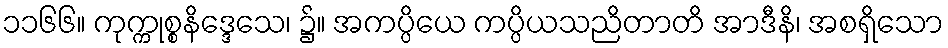
၁၁၆၆။ ကုက္ကုစ္စနိဒ္ဒေသေ၊ ၌။ အကပ္ပိယေ ကပ္ပိယသညိတာတိ အာဒီနိ၊ အစရှိသော